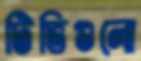
টিভিগুলো